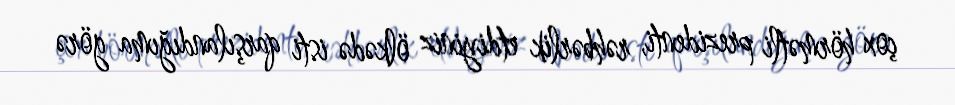
çox hörmətli prezidenti, rəhbərlik etdiyiniz ölkədə isti qarşılandığıma görə